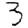
Digit: 3